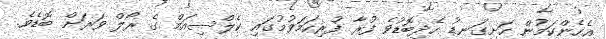
އެހެންކަމުން ހަށިގަނޑު ހެދިބޮޑުވެ ފުރާ ފުރިހަމަވުމުގައި ކެލްސިއަމް ގެ ރޯލް ވަރަށް ބޮޑެވެ.